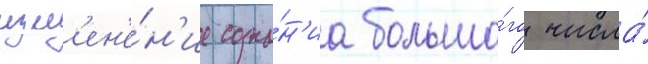
изм'ен'е́н'ие созна́н'иа большо́го числа́